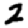
Digit: 2